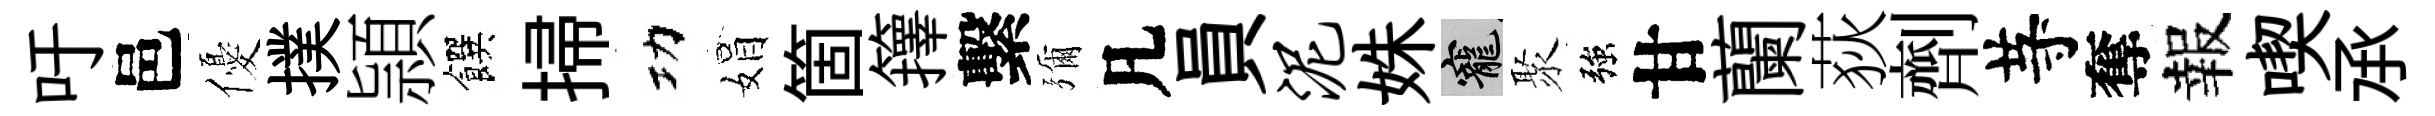
吁邑優撲頴饌掃功娟箇籜繫彌凡員泥姝寵聚強甘蘭荻劑䒭奪報喫𠄘